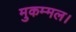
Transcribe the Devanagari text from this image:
मुकम्मल।